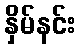
နှိမ်နင်း